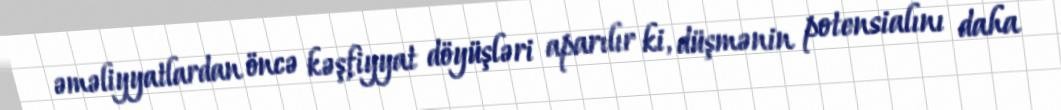
əməliyyatlardan öncə kəşfiyyat döyüşləri aparılır ki, düşmənin potensialını daha